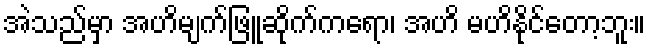
အဲသည်မှာ အဟိမျက်ဖြူဆိုက်ကရော၊ အဟိ မဟိနိုင်တော့ဘူး။